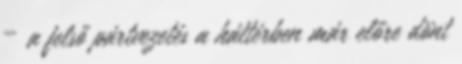
– a felső pártvezetés a háttérben már előre dönt